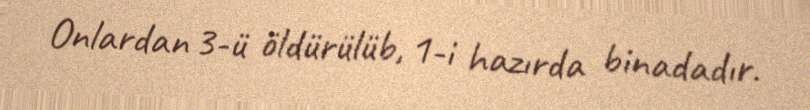
Onlardan 3-ü öldürülüb, 1-i hazırda binadadır.